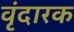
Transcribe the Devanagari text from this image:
वृंदारक